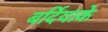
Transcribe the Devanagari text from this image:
बर्दियाके